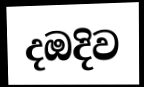
දඔදිව